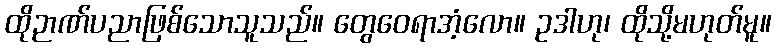
ထိုဉာဏ်ပညာဖြစ်သောသူသည်။ တွေဝေရာအံ့လော။ ဥဒါဟု၊ ထိုသို့မဟုတ်မူ။